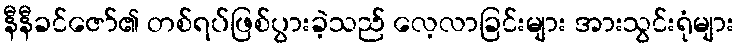
နီနီခင်ဇော်၏ တစ်ရပ်ဖြစ်ပွားခဲ့သည် လေ့လာခြင်းများ အားသွင်းရုံများ